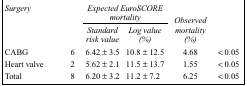
<table><thead><tr><td rowspan="2"><b><i>Surgery</i></b></td><td></td><td colspan="2"><b><i>Expected EuroSCORE mortality</i></b></td><td rowspan="2"><b><i>Observed mortality (%)</i></b></td><td></td></tr><tr><td></td><td><b><i>Standard risk value</i></b></td><td><b><i>Log value (%)</i></b></td><td></td></tr></thead><tbody><tr><td>CABG</td><td>6</td><td>6.42 ± 3.5</td><td>10.8 ± 12.5</td><td>4.68</td><td>&lt; 0.05</td></tr><tr><td>Heart valve</td><td>2</td><td>5.62 ± 2.1</td><td>11.5 ± 13.7</td><td>1.55</td><td>&lt; 0.05</td></tr><tr><td>Total</td><td>8</td><td>6.20 ± 3.2</td><td>11.2 ± 7.2</td><td>6.25</td><td>&lt; 0.05</td></tr></tbody></table>